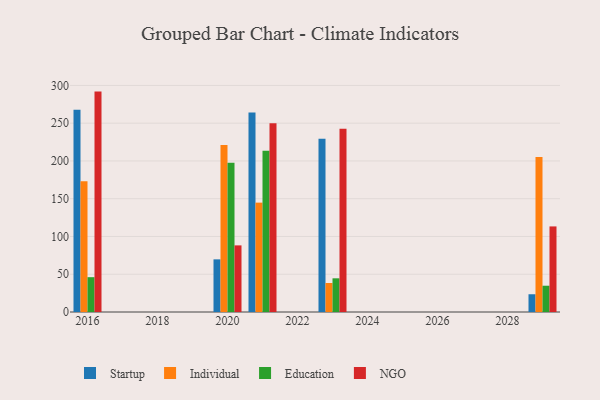
{"axis": {"x": "Year", "y": "Customer Acquisition Cost (USD)"}, "legend": ["Education", "Individual", "NGO", "Startup"], "data": [{"x": "2023", "y": 229.5, "type": "Startup"}, {"x": "2023", "y": 38.4, "type": "Individual"}, {"x": "2023", "y": 44.6, "type": "Education"}, {"x": "2023", "y": 242.5, "type": "NGO"}, {"x": "2016", "y": 267.8, "type": "Startup"}, {"x": "2016", "y": 173.2, "type": "Individual"}, {"x": "2016", "y": 46.1, "type": "Education"}, {"x": "2016", "y": 291.8, "type": "NGO"}, {"x": "2020", "y": 69.7, "type": "Startup"}, {"x": "2020", "y": 221.0, "type": "Individual"}, {"x": "2020", "y": 197.6, "type": "Education"}, {"x": "2020", "y": 88.2, "type": "NGO"}, {"x": "2029", "y": 23.5, "type": "Startup"}, {"x": "2029", "y": 205.3, "type": "Individual"}, {"x": "2029", "y": 34.8, "type": "Education"}, {"x": "2029", "y": 113.3, "type": "NGO"}, {"x": "2021", "y": 264.1, "type": "Startup"}, {"x": "2021", "y": 144.8, "type": "Individual"}, {"x": "2021", "y": 213.6, "type": "Education"}, {"x": "2021", "y": 249.9, "type": "NGO"}]}